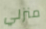
منزلي